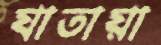
যাতায়া